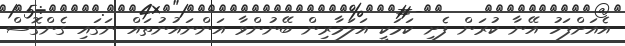
އެއަށްފަހު އޭނާ ކުރަން ފެށި ކަމަކީ އަލަމާރިން ބޭނުންވާ އަންނައުނުތައް ނަގައި ގެންގޮސް